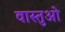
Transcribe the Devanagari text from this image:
वास्तुओ